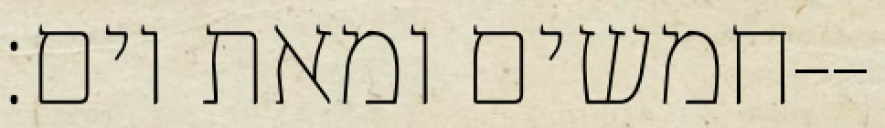
חמשים ומאת יום׃--